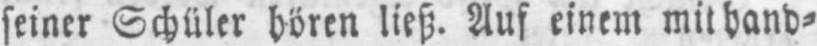
seiner Schüler hören ließ. Auf einem mit band-